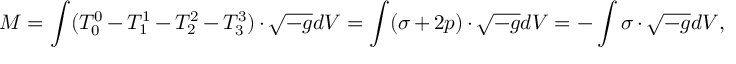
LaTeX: M = \int ( T _ { 0 } ^ { 0 } - T _ { 1 } ^ { 1 } - T _ { 2 } ^ { 2 } - T _ { 3 } ^ { 3 } ) \cdot \sqrt { - g } d V = \int ( \sigma + 2 p ) \cdot \sqrt { - g } d V = - \int \sigma \cdot \sqrt { - g } d V ,